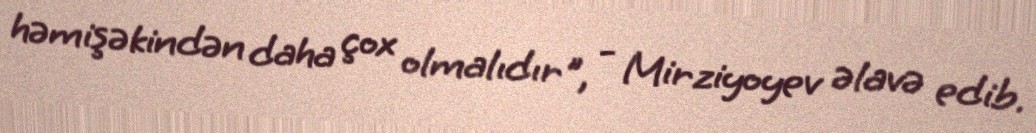
həmişəkindən daha çox olmalıdır", - Mirziyoyev əlavə edib.